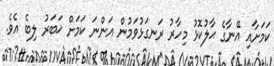
ކަމަށާއި އޭނާގެ ޙާލުކޮޅު މިހާރު ރަނގަޅުވަމުން އަންނަ ކަމަށް ޚަބަރު ލިބެ އެވެ.